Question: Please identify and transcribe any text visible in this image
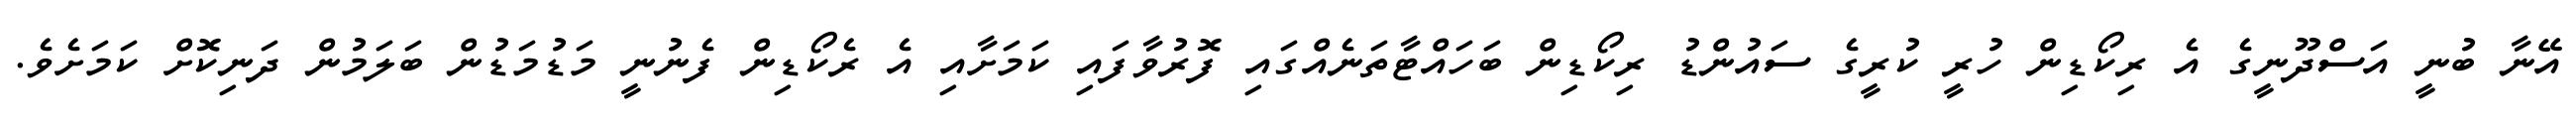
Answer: އޭނާ ބުނީ އަސްދޫނީގެ އެ ރިކޯޑިން ހުރީ ކުރީގެ ސައުންޑު ރިކޯޑިން ބަހައްޓާތަނެއްގައި ފޮރުވާފައި ކަމަށާއި އެ ރެކޯޑިން ފެނުނީ މަޑުމަޑުން ބަލަމުން ދަނިކޮށް ކަމަށެވެ.